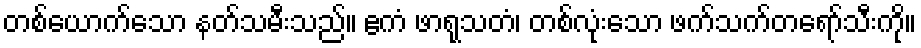
တစ်ယောက်သော နတ်သမီးသည်။ ဧကံ ဖာရုသတံ၊ တစ်လုံးသော ဖက်သက်တရော်သီးကို။